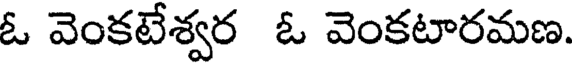
ఓ వెంకటేశ్వర ఓ వెంకటారమణ.